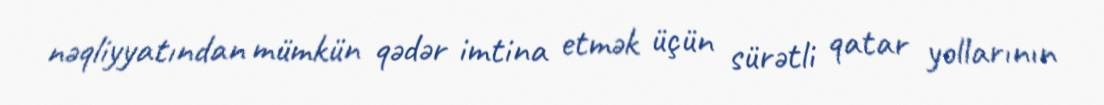
nəqliyyatından mümkün qədər imtina etmək üçün sürətli qatar yollarının